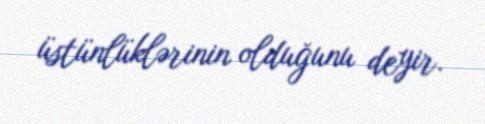
üstünlüklərinin olduğunu deyir.